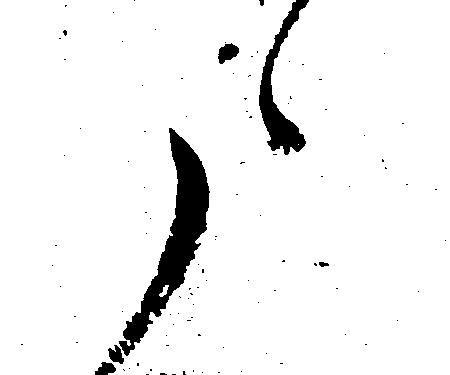
た